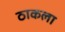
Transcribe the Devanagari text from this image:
ठाकला